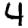
Digit: 4